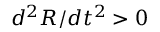
d ^ { 2 } R / d t ^ { 2 } > 0